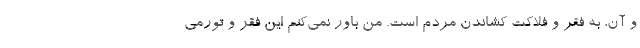
و آن، به فقر و فلاکت کشاندن مردم است. من باور نمی‌کنم این فقر و تورمی